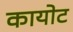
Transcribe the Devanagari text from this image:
कायोट